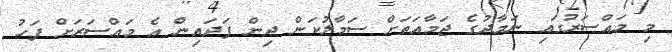
މި މައްސަރުގައި ނަމާދުގެ ޖަމާއަތަށް ސަމާލުކަން ދިން ފަދައިން އެ މައްސަރަށް ފަހު